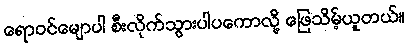
ရောဝင်မျောပါ စီးလိုက်သွားပါပကောလို့ ဖြေသိမ့်ယူတယ်။